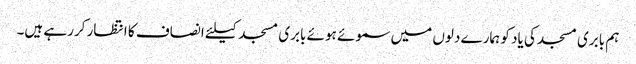
ہم بابری مسجد کی یاد کو ہمارے دلوں میں سموئے ہوئے بابری مسجد کیلئے انصاف کا انتظار کررہے ہیں۔